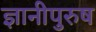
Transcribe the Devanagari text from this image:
ज्ञानीपुरुष